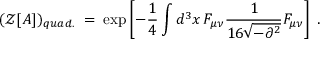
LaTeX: ( { \mathcal Z } [ A ] ) _ { q u a d . } \; = \; \exp \left[ - \frac { 1 } { 4 } \int d ^ { 3 } x \, F _ { \mu \nu } \frac { 1 } { 1 6 \sqrt { - \partial ^ { 2 } } } F _ { \mu \nu } \right] \; .